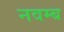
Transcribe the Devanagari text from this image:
नवम्ब